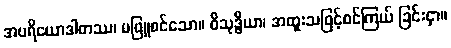
အပရိယောဒါတဿ၊ မဖြူစင်သော။ ဝိသုဒ္ဓိယာ၊ အထူးသဖြင့်စင်ကြယ် ခြင်းငှာ။